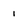
Character: 1